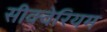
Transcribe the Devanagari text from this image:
सीक्वेरियम